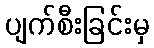
ပျက်စီးခြင်းမှ